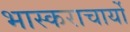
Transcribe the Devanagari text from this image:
भास्कराचार्यो